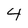
Character: 4